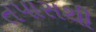
તપાસથી